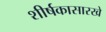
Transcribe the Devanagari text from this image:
शीर्षकासारखे